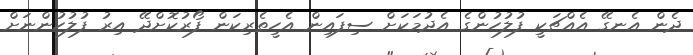
ދެން އެނގޭ އެއްޗަކީ ފުލުހުންގެ އެދުމަކަށް ސިފައިން އެހީތެރިކަން ފޯރުކޮށްދޭ އިރު ފުލުހުންނަށް